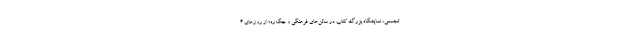
تجسمی، نمایشگاه بزرگ کتاب در سالن‌های فرهنگی و جگه‌ره؛ از روزهای 4